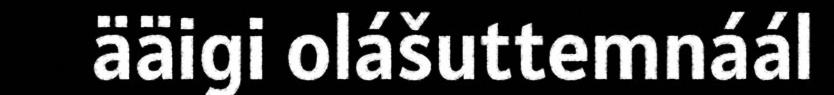
ääigi olášuttemnáál